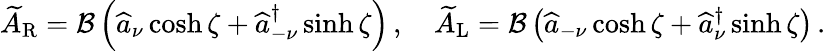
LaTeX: \widetilde{A}_{\mathrm{R}}={\cal B}\left(\widehat{a}_{\nu}\cosh\zeta+\widehat{a}_{-\nu}^{\dagger}\sinh\zeta\right)\, ,\quad\widetilde{A}_{\mathrm{L}}={\cal B}\left(\widehat{a}_{-\nu}\cosh\zeta+\widehat{a}_{\nu}^{\dagger}\sinh\zeta\right)\, .